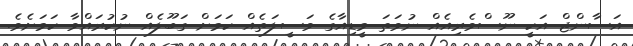
އަސާންޖް އަކީ ނޫސްވެރިއެއް ނުވަތަ މީޑިއާގެ ވަސީލަތެއް ކަމަށް ގަބޫލެއް ނުކުރައްވާ ކަމަށެވެ.